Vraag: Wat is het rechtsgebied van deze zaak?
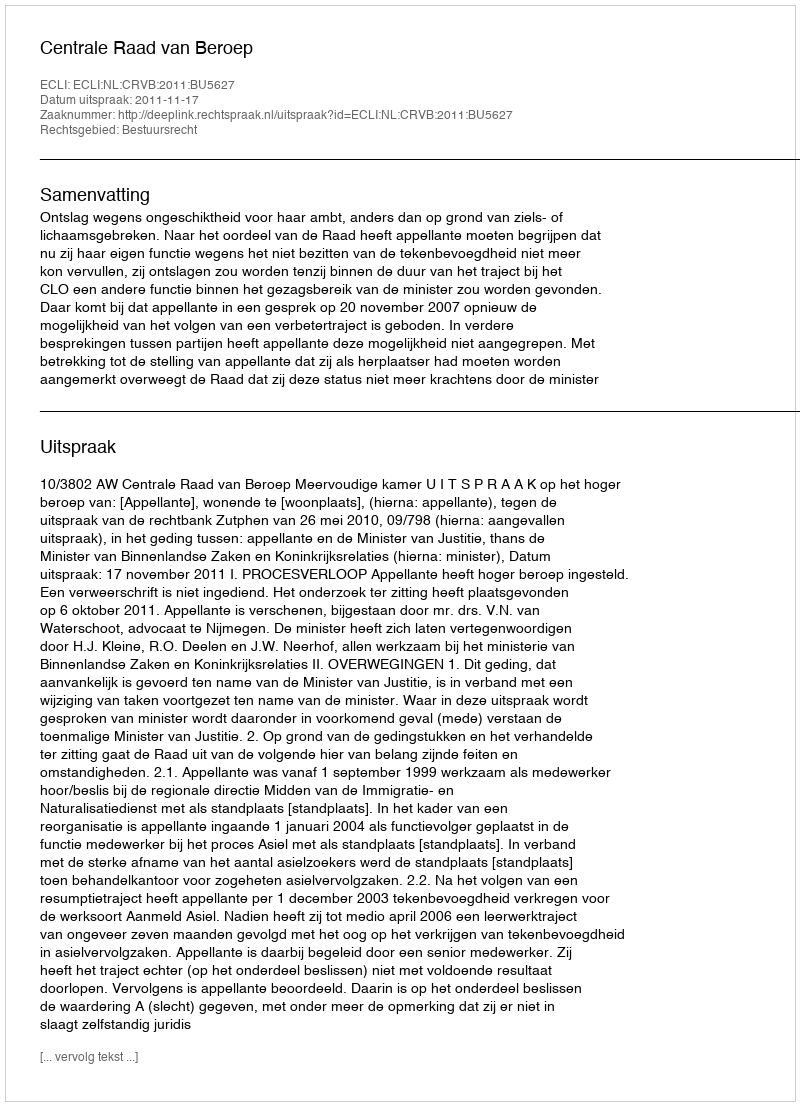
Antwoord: Bestuursrecht